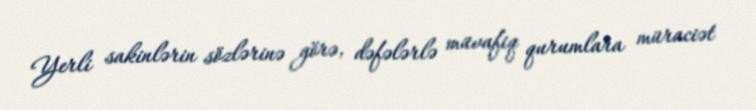
Yerli sakinlərin sözlərinə görə, dəfələrlə müvafiq qurumlara müraciət